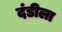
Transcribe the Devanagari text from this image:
दंडीला